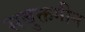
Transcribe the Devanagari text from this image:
सबुक्तगीन